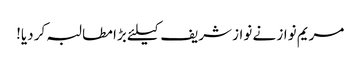
مریم نواز نے نواز شریف کیلئے بڑا مطالبہ کر دیا!